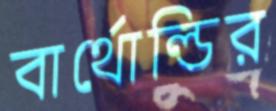
বার্থোল্ডির